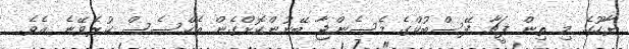
ޔާހޫގެ މި ތިން ފީޗާ ފޭސްބުކްގެ މެސެންޖާ ބޭނުންކޮށްގެން އެކްސެސް ކުރެވޭނެ އެވެ.